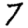
Digit: 7